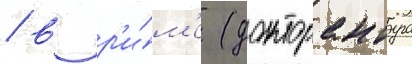
/ в р'и́м'е (докторантура